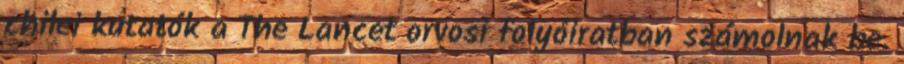
chilei kutatók a The Lancet orvosi folyóiratban számolnak be.